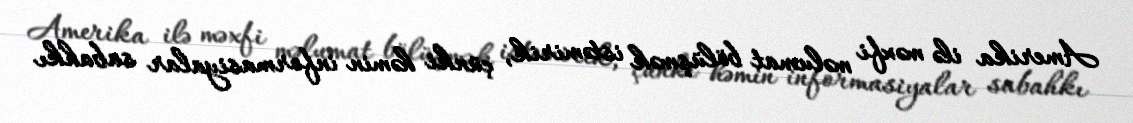
Amerika ilə məxfi məlumat bölüşmək istəmirik, çünki həmin informasiyalar sabahkı